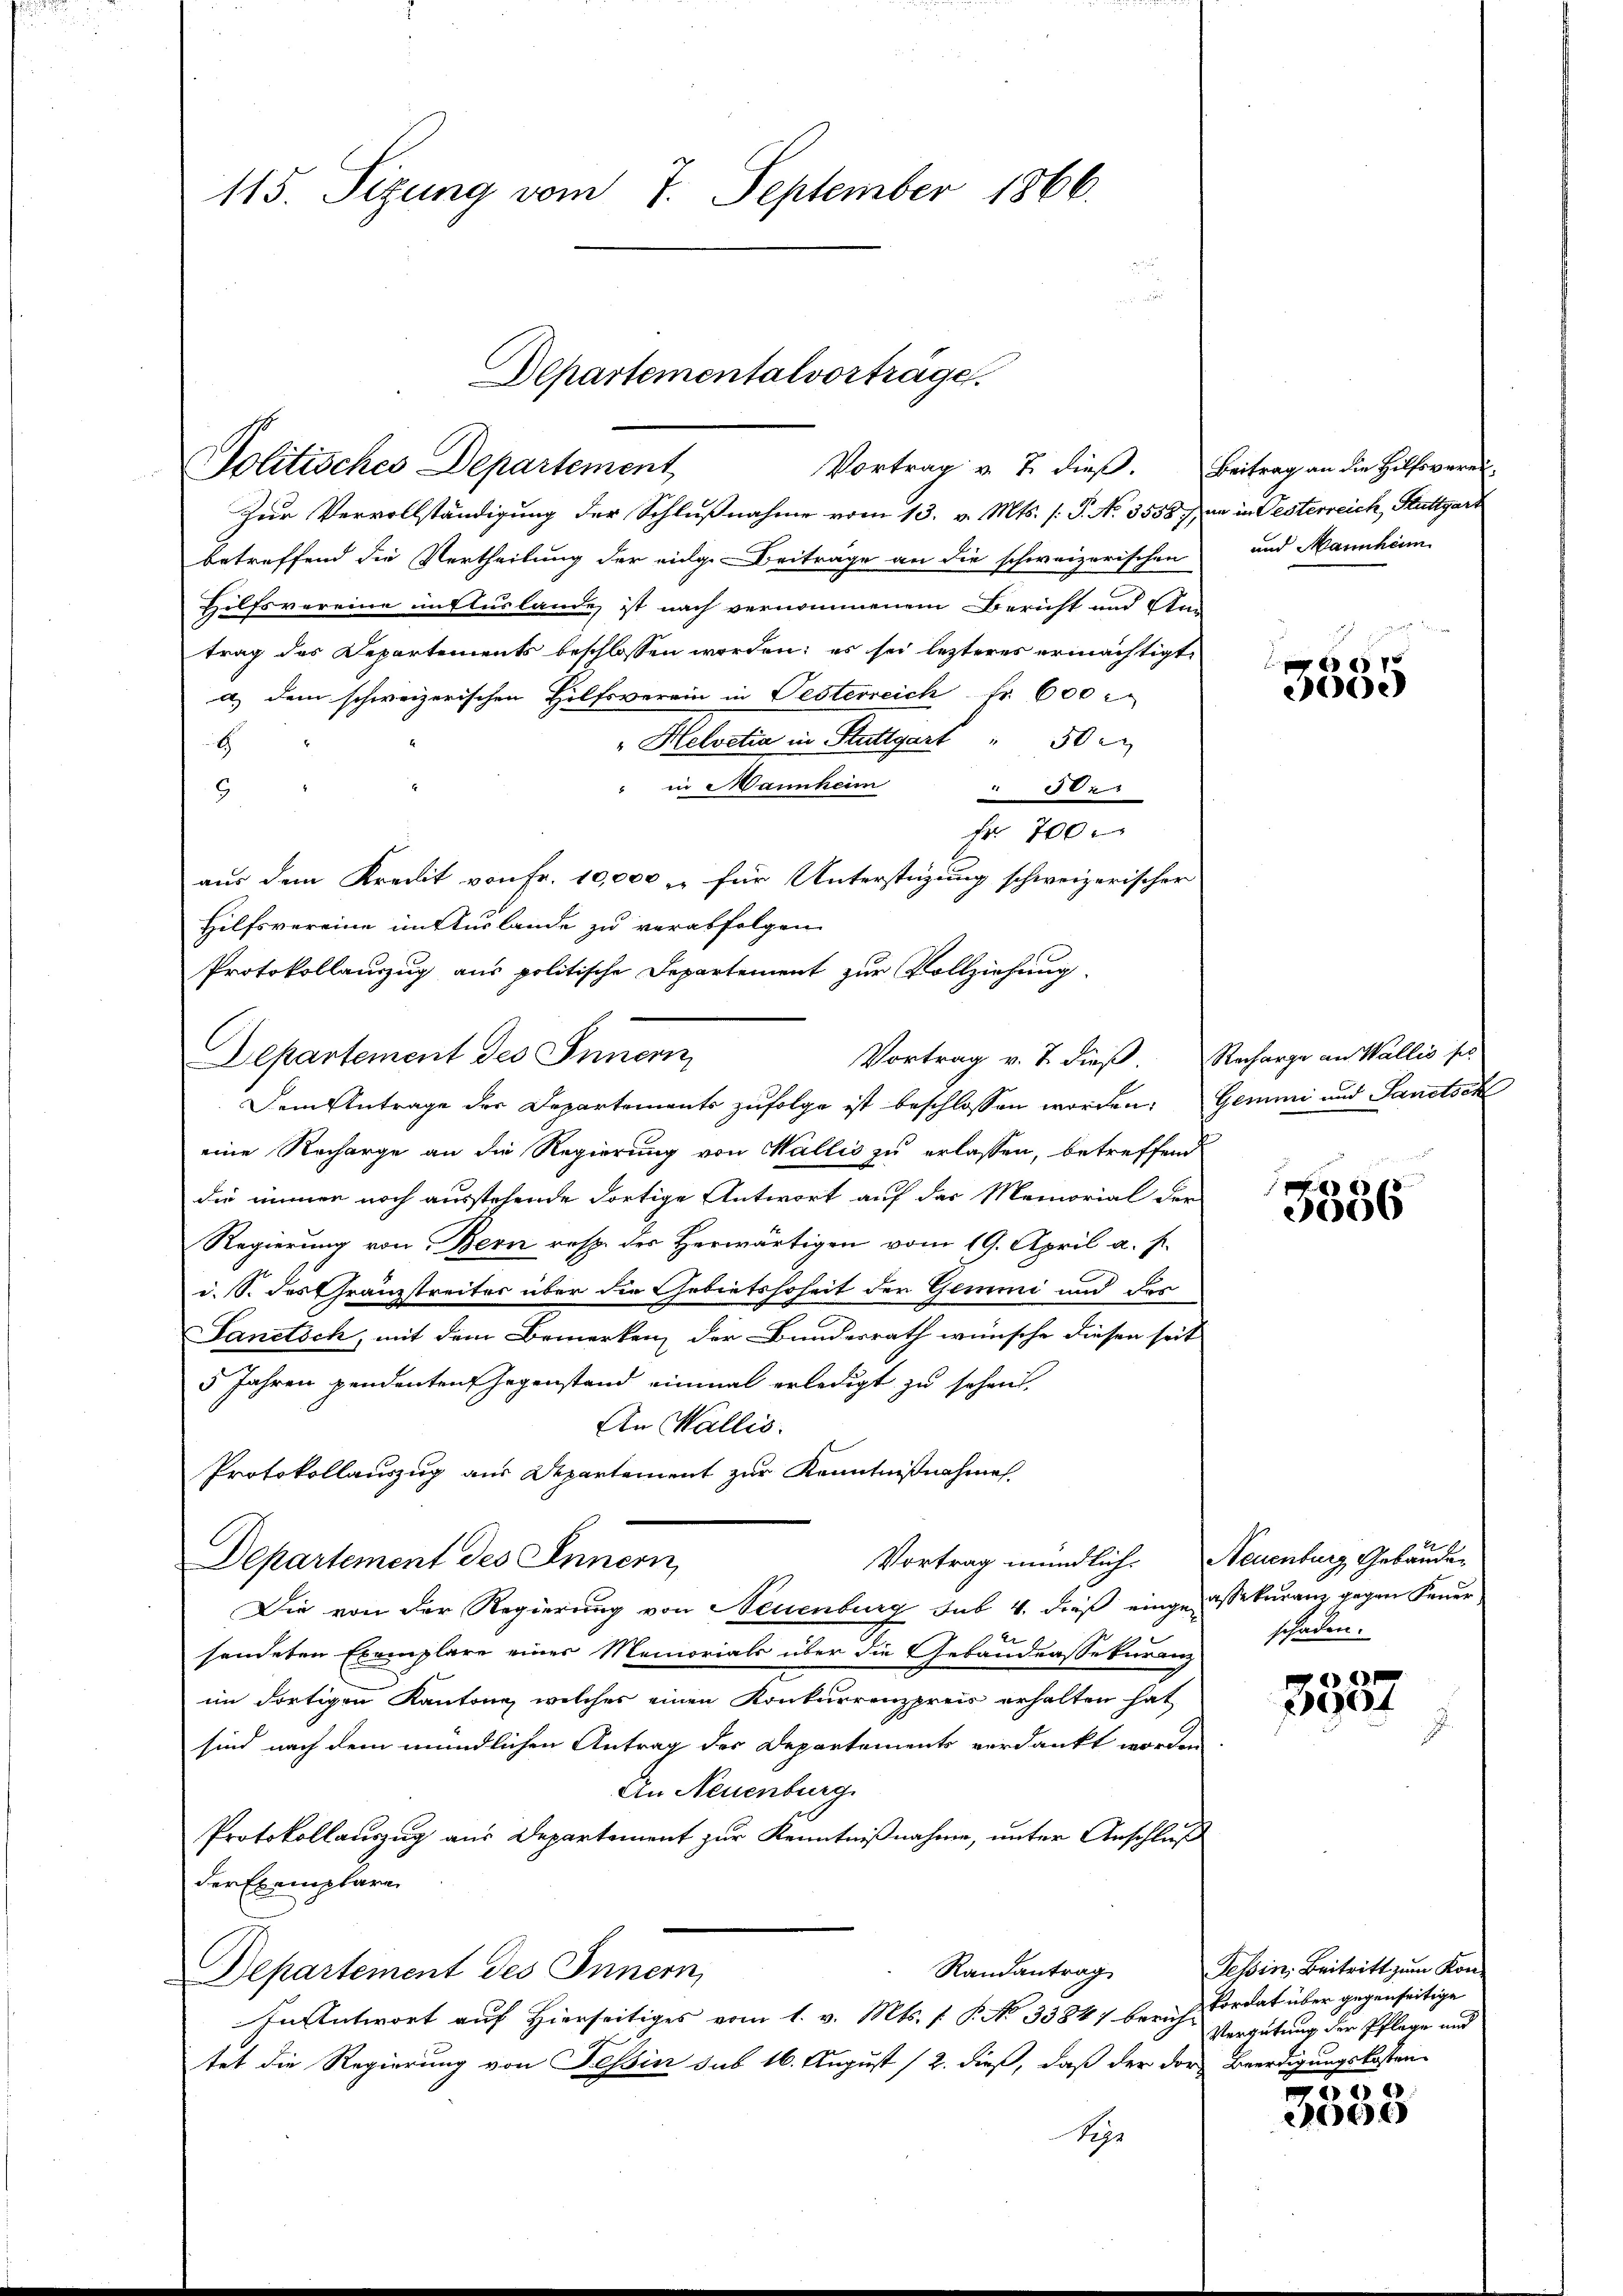
115. Sizung vom 7. September 1866.

Zur Vervollständigung der Schlußnahme vom 13. v. Mts. (: P. N. 3558 in in Oesterreich, Stattgart
betreffend die Vertheilung der eidge-Beiträge an die schweizerischen und Mannheim
Hilfsvereine enttuslande ist nach vernommenem Bericht und Am
trag des Departements beschlossen worden; es sei lezteres ermächtigt,
a) dem schweizerischen Hilfsverein in Pesterreich fr. 600
Helvetia in Stuttgart 30
H
" in Mannheim
x
5
Fr. 700.
aus dem Kredit von Fr. 10,000 & für Unterstüzung schweizerischer
Hilfsvereine im Auslande zu verabfolgen.
Protokollauszug aus politische Departement zur Vollziehung
Departement des Innern,
Vortrag v. J. dieß. Recharge an Wallis sei
Dem Antrage des Departements zufolge ist beschlossen worden. Gemmi und Sanctsek
eine Recharge an die Regierung von Wallis zu erlassen, betreffend
die immer noch ausstehende dortige Antwort auf das Memorial der
Regierung von Bern resp. der Herwärtigen vom 19. April a. f.
i. S. des Granzstreiter über die Gebietshoheit der Gemmi und der
Pandtsch, mit dem Bemerken der Bundesrath wünsche diesen seit
5 Jahren pendenten Gegenstand einmal erledigt zu sehen.
An Wallis.
Protokollauszug aus Departement zur Kenntnißnahmen.
Vortrag mündlich. Neuenburg Gebäude,
Departement des Innern,
Die von der Regierung von Neuenburg sub. 4. dieß eingepassekuranz gegen Feuer
sendeten Exemplare eines Memorials über die Gebäudeassekuranz
im dortigen Kantone, welches einen Konkurrenzpreis erhalten hat
sind nach dem mündlichen Antrag der Departements verdankt worden
An Neuenburg.
Protokollauszug aus Departement zur Kenntnißnahme, unter Anschluß
der Exemplare
Randantrag
Departement des Innern,
In Antwort auf Hierseitiges vom 1. v. Mts. [ P. No 33847 berühtet die Regierung von Tessin sub 16. August (2. dieß, daß der der Beerdigungskosten-
Nepp

Departementalvorträge.
Politisches Departement
Vortrag v. 7. dieß. Beitrag an die Hilfsverei¬

e
260)

x
3006

schaden.

04

Tessin, Beitritt zum Konkordat über gegenseitige
Vergütung der Pflege und

e
6